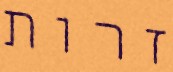
זרות